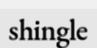
shingle